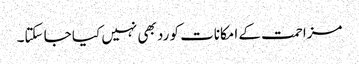
مزاحمت کے امکانات کو رد بھی نہیں کیا جا سکتا۔